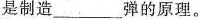
是制造___弹的原理。